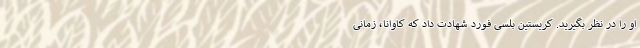
او را در نظر بگیرید. کریستین بلسی فورد شهادت داد که کاوانا، زمانی